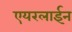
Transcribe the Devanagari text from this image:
एयरलाईन